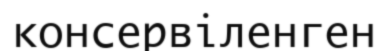
консервіленген